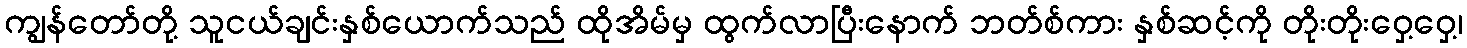
ကျွန်တော်တို့ သူငယ်ချင်းနှစ်ယောက်သည် ထိုအိမ်မှ ထွက်လာပြီးနောက် ဘတ်စ်ကား နှစ်ဆင့်ကို တိုးတိုးဝှေ့ဝှေ့၊